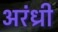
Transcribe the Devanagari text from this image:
अरंध्री